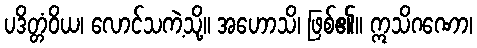
ပဒိတ္တံဝိယ၊ လောင်သကဲ့သို့။ အဟောသိ၊ ဖြစ်၏။ ဣသိဂဏော၊